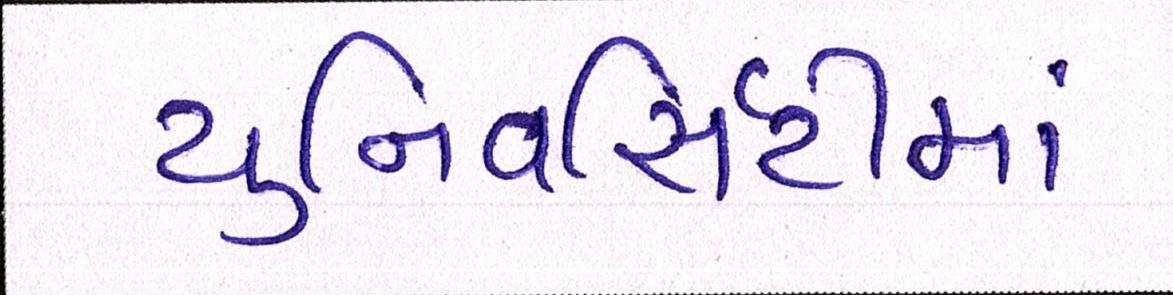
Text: યુનિવર્સિટીમાં